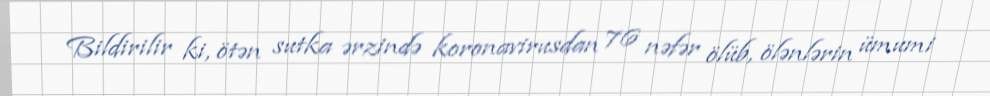
Bildirilir ki, ötən sutka ərzində koronavirusdan 76 nəfər ölüb, ölənlərin ümumi